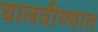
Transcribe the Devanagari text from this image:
चालवीण्यात